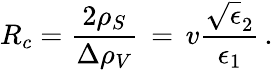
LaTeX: R_{c}={\frac{2\rho_{S}}{\Delta\rho_{V}}}\, =\, v{\frac{\sqrt\epsilon_{2}}{\epsilon_{1}}}\, .